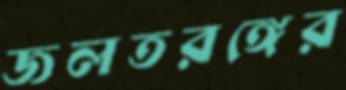
জলতরঙ্গের